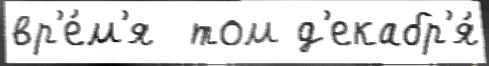
вр'е́м'я  том д'екабр'я́